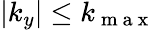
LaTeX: |k_{y}|\le k_{\mathrm{~m~a~x~}}